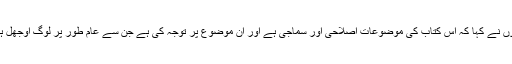
انہوں نے کہا کہ اس کتاب کی موضوعات اصلاحی اور سماجی ہے اور ان موضوع پر توجہ کی ہے جن سے عام طور پر لوگ اوجھل ہیں۔